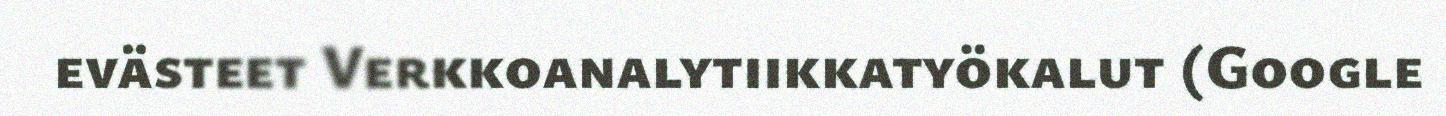
evästeet Verkkoanalytiikkatyökalut (Google